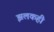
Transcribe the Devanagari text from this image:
झलकही